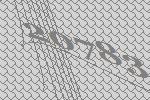
20783